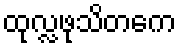
ထုလ္လဖုသိတကေ